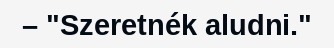
– "Szeretnék aludni."